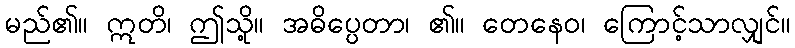
မည်၏။ ဣတိ၊ ဤသို့။ အဓိပ္ပေတာ၊ ၏။ တေနေဝ၊ ကြောင့်သာလျှင်။